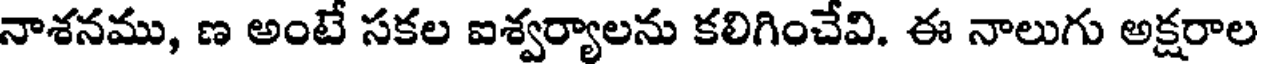
నాశనము, ణ అంటే సకల ఐశ్వర్యాలను కలిగించేవి. ఈ నాలుగు అక్షరాల